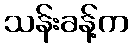
သန်းခန့်က